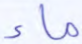
ماء